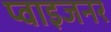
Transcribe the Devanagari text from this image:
प्वाइजनर